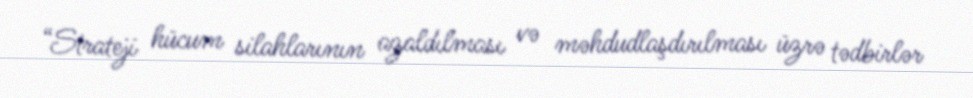
“Strateji hücum silahlarının azaldılması və məhdudlaşdırılması üzrə tədbirlər